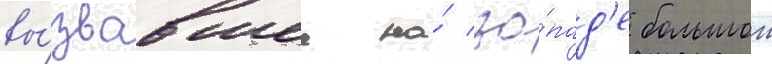
вы́звавшее на́ за́пад'е большои